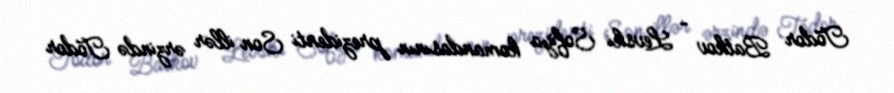
Todor Batkov - Levski Sofiya komandasının prezidenti Son illər ərzində Todor